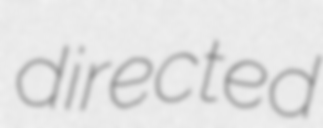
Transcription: directed